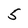
Character: 5